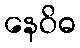
နေဝိဓ